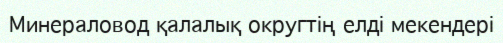
Минераловод қалалық округтің елді мекендері